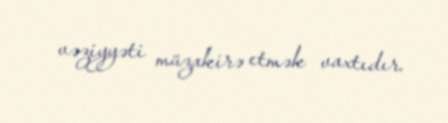
vəziyyəti müzakirə etmək vaxtıdır.